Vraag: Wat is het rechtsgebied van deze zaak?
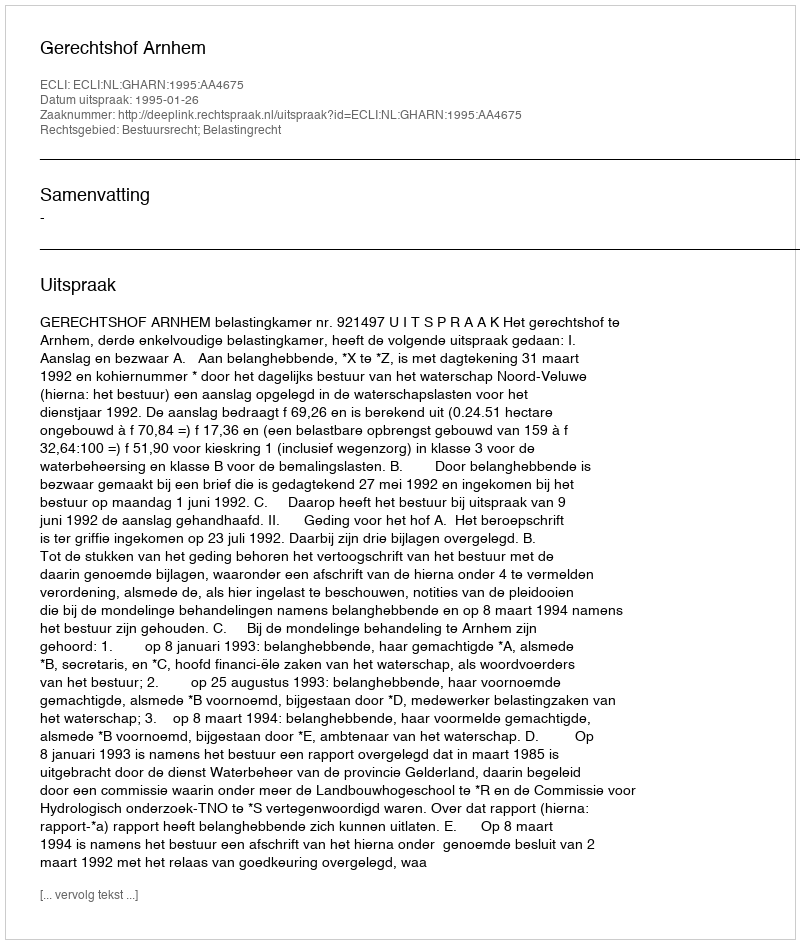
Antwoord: Bestuursrecht; Belastingrecht